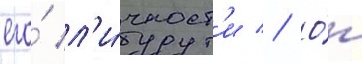
его́ л'и́чност'и // О́н